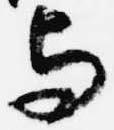
与